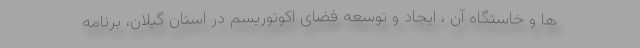
ها و خاستگاه آن ، ایجاد و توسعه فضای اکوتوریسم در استان گیلان، برنامه